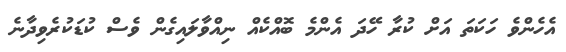
އެހެންވެ ހަކަތަ އަށް ކުރާ ހޭދަ އެންމެ ބޮއްކެއް ނިއްވާލައިގެން ވެސް ކުޑަކުރެވިދާނެ